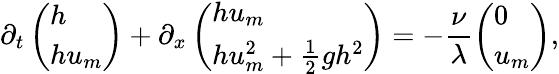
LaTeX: \partial_{t}\left(\begin{array}{l}{h}\\ {hu_{m}}\end{array}\right)+\partial_{x}\left(\begin{array}{l}{hu_{m}}\\ {hu_{m}^{2}+\frac{1}{2}gh^{2}}\end{array}\right)=-\frac{\nu}{\lambda}\left(\begin{array}{l}{0}\\ {u_{m}}\end{array}\right),